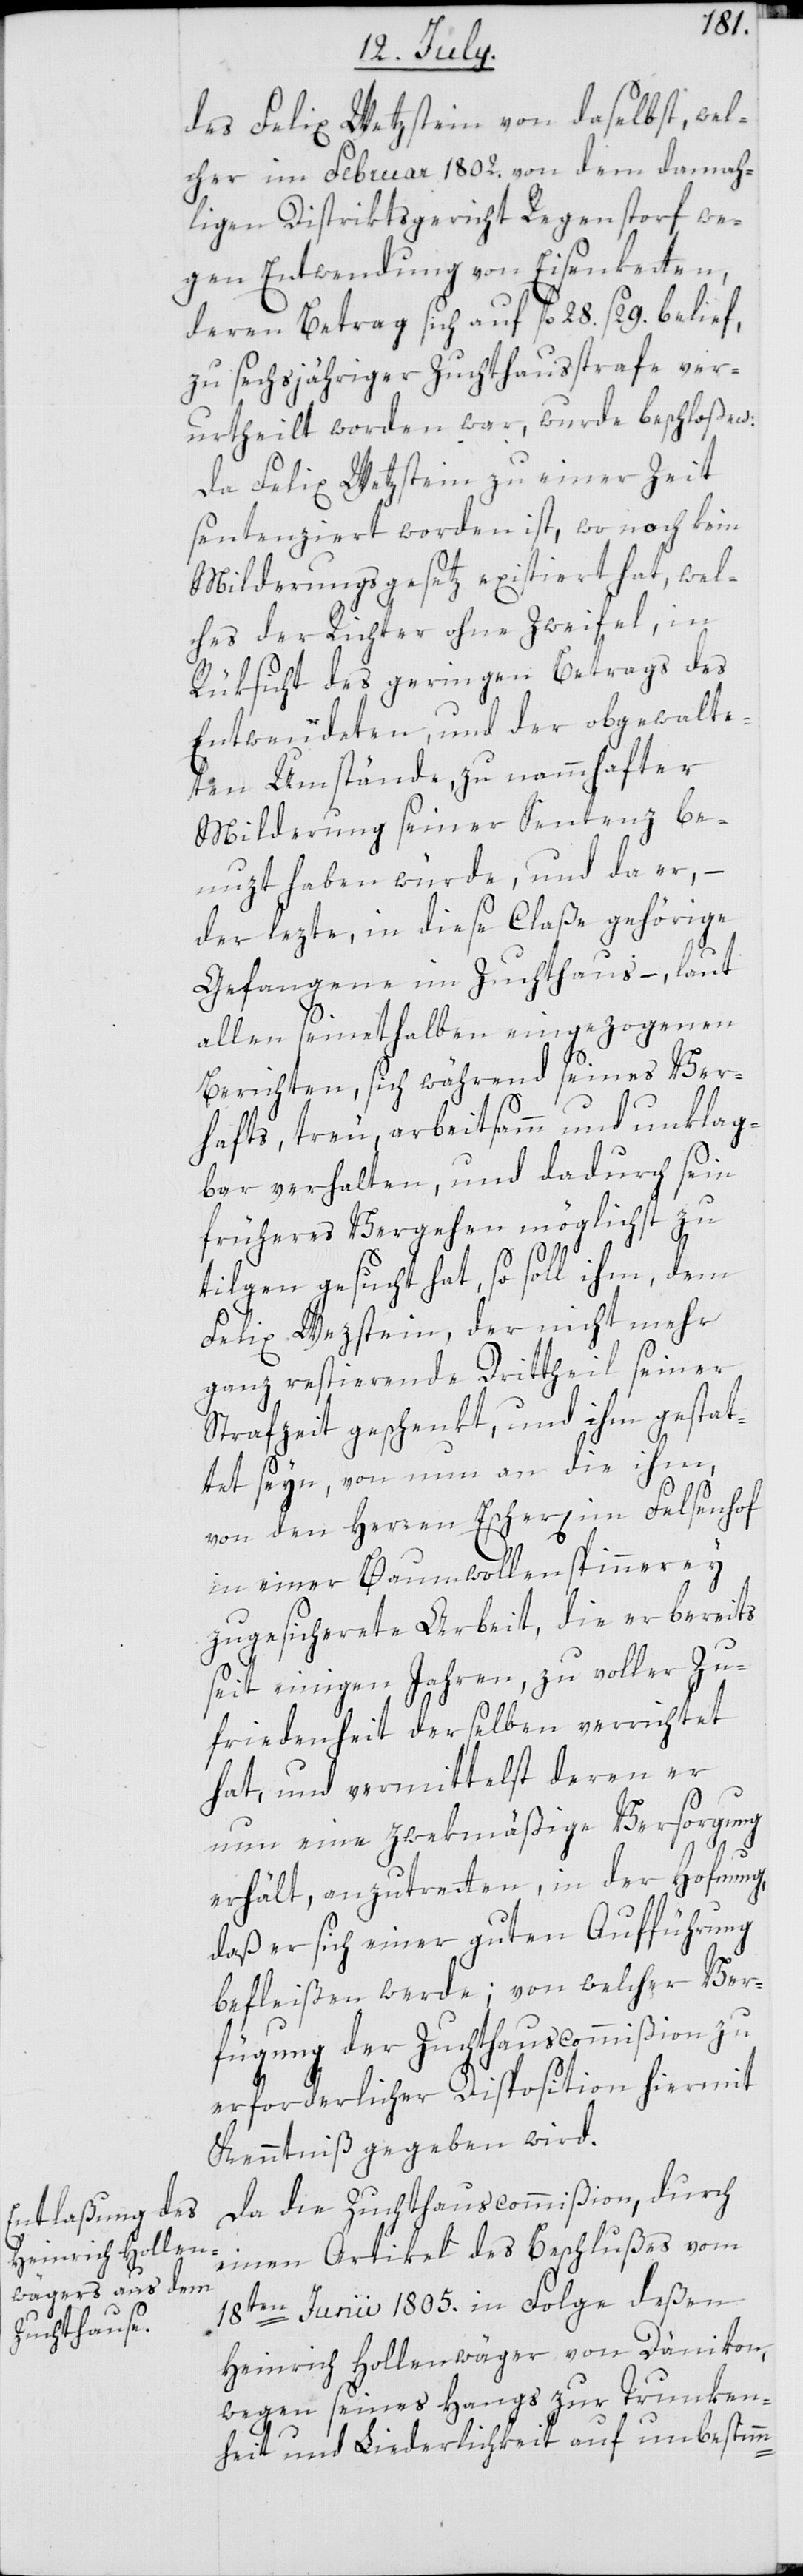
wel¬
cher im Februar 1802. von dem damah¬
ligen Distriktsgericht Regenstorf we¬
gen Entwendung von Eisenketten,
deren Betrag sich auf fl. 28. ß 29. belief,
zu sechsjähriger Zuchthausstrafe ver¬
urtheilt worden war, wurde beschloßen:
Da Felix Wetzstein zu einer Zeit
sentenziert worden ist, wo noch kein
Milderungsgesetz existiert hat, wel¬
ches der Richter ohne Zweifel, in
Rüksicht des geringen Betrags des
Entwendeten, und der obgewalte¬
ten Umstände zu nammhafter
Milderung seiner Sentenz be¬
nuzt haben würde, und da er, –
der lezte, in diese Claße gehörige
Gefangene im Zuchthaus, – laut
allen seinethalben eingezogenen
Berichten, sich während seines Ver¬
hafts, treu, arbeitsamm und unklag¬
bar verhalten, und dadurch sein
früheres Vergehen möglichst zu
tilgen gesucht hat, so soll ihm, dem
Felix Wezstein, der nicht mehr
ganz restierende Drittheil seiner
Strafzeit geschenkt, und ihm gestat¬
tet seyn, von nun an die ihm,
von den Herren Escher im Felsenhof
in einer Baumwollenspinnerey
zugesicherete Arbeit, die er bereits
seit einigen Jahren, zu voller Zu¬
friedenheit derselben verrichtet
hat, und vermittelst deren er
nun eine zwekmäßige Versorgung
erhält, anzutretten, in der Hofnung,
daß er sich einer guten Aufführung
befleißen werde; von welcher Ver¬
fügung der Zuchthauscommißion zu
erforderlicher Disposition hiermit
Kenntniß gegeben wird.
Da die Zuchthauscommißion, durch
einen Artikel des Beschlußes vom
18ten Junii 1805. in Folge deßen
Heinrich Hollenwäger von Dänikon,
wegen seines Hangs zur Trunken¬
heit und Liederlichkeit auf unbestimm-